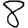
Digit: 8